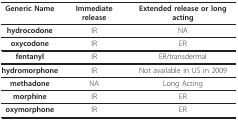
<table><thead><tr><td><b>Generic Name</b></td><td><b>Immediate release</b></td><td><b>Extended release or long acting</b></td></tr></thead><tbody><tr><td><b>hydrocodone</b></td><td>IR</td><td>NA</td></tr><tr><td><b>oxycodone</b></td><td>IR</td><td>ER</td></tr><tr><td><b>fentanyl</b></td><td>IR</td><td>ER/transdermal</td></tr><tr><td><b>hydromorphone</b></td><td>IR</td><td>Not available in US in 2009</td></tr><tr><td><b>methadone</b></td><td>NA</td><td>Long Acting</td></tr><tr><td><b>morphine</b></td><td>IR</td><td>ER</td></tr><tr><td><b>oxymorphone</b></td><td>IR</td><td>ER</td></tr></tbody></table>